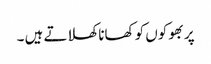
پر بھوکوں کو کھانا کھلاتے ہیں ۔